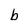
Character: b